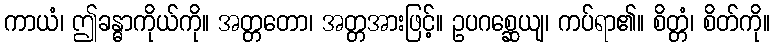
ကာယံ၊ ဤခန္ဓာကိုယ်ကို။ အတ္တတော၊ အတ္တအားဖြင့်။ ဥပဂစ္ဆေယျ၊ ကပ်ရာ၏။ စိတ္တံ၊ စိတ်ကို။